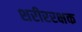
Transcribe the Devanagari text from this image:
शरीररक्षक